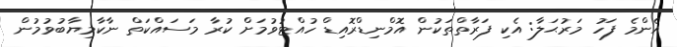
އެންމެ ފަހު މަރުޙަލާ: އެކި ފަރާތްތަކުން އޮމްނިޑްރޮއިޑް ހުއްޓުވުމަށް ކުރާ މަސައްކަތް ނާކާމިޔާބުވުމުން